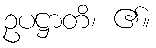
ဥပဋ္ဌာတိ၊ ၏။